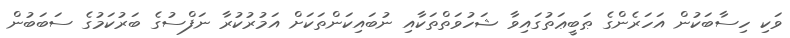
ވަކި ހިސާބަކުން އަހަރެންގެ ޠަބީޢަތުގައިވާ ޝަހުވަތްތަކާއި ނުބައިކަންތަކަށް އަމުރުކުރާ ނަފްސުގެ ބަރުކަމުގެ ސަބަބުން